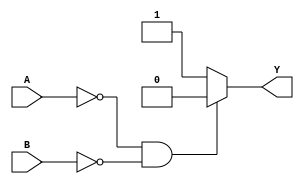
/* gates module */

/* OR module */
module orBehav(output reg Y, input A,B);
	always @(A or B) begin 
    		if(A == 1'b0 & B == 1'b0)
        		Y=1'b0;
    		else
        		Y=1'b1;
	end
endmodule

/* AND module */
module andBehav(output reg Y, input A,B);
	always @(A or B) begin 
    		if(A == 1'b1 & B == 1'b1)
        		Y=1'b1;
    		else
        		Y=1'b0;
		end
endmodule

/* NAND module */
module nandBehav(output reg Y, input A,B);
	always @(A or B) begin 
    		if(A == 1'b1 & B == 1'b1)
        		Y=1'b0;
   		else
        		Y=1'b1;
	end
endmodule

/* NOR module */
module norBehav(output reg Y, input A,B);
	always @(A or B) begin 
    		if(A == 1'b0 & B == 1'b0)
        		Y=1'b1;
    		else
        		Y=1'b0;
	end
endmodule

/* XOR module */
module xorBehav(output reg Y, input A,B);
	always @(A or B) begin 
    		if((A == 1'b0 & B == 1'b1) || (A == 1'b1 & B==1'b0))
        		Y=1'b1;
    		else
        		Y=1'b0;
	end
endmodule